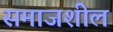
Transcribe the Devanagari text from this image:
समाजशील